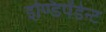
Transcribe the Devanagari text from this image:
इण्डिपेंडेन्ट